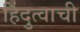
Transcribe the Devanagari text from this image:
हिंदुत्वाची